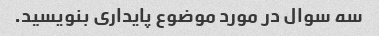
سه سوال در مورد موضوع پایداری بنویسید.